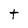
Character: t